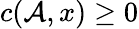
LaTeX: c(\mathcal{A},x)\geq0